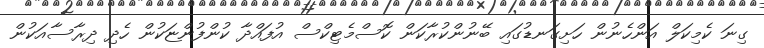
ގިނަ ކެމިކަލް އަންހެނުން ހަށިގަނޑުގައި ބޭނުންކުރާކަން ކޮސްމެޓިކްސް އުފައްދާ ކުންފުންޏަކުން ހެދި ދިރާސާއަކުން